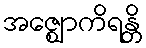
အဇ္ဈောကိရန္တိ